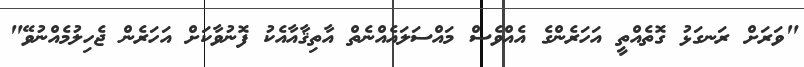
"ވަރަށް ރަނގަޅު ގޮތެއްތީ އަހަރެންގެ އެއްވެސް މައްސަލައެއްނެތް އާތިޤާއާއެކު ފޮނުވާކަށް އަހަރެން ޖެހިލުމެއްނުވޭ"